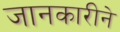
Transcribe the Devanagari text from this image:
जानकारीने